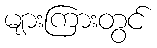
များကြားတွင်